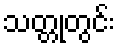
သတ္တုတွင်း